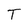
Character: T